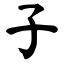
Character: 子